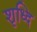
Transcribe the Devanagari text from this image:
शृध्दि